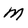
Character: M